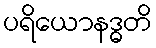
ပရိယောနဒ္ဓတိ